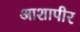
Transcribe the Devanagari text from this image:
आशापीर